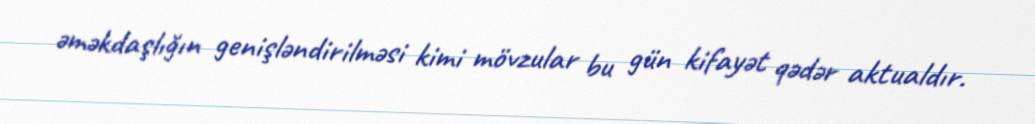
əməkdaşlığın genişləndirilməsi kimi mövzular bu gün kifayət qədər aktualdır.